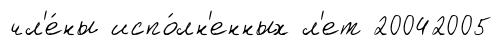
чл'е́ны испо́лн'енных л'ет 20042005